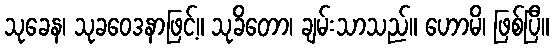
သုခေန၊ သုခဝေဒနာဖြင့်။ သုခိတော၊ ချမ်းသာသည်။ ဟောမိ၊ ဖြစ်ပြီ။